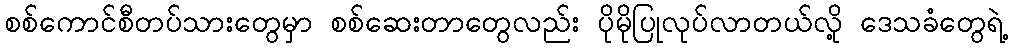
စစ်ကောင်စီတပ်သားတွေမှာ စစ်ဆေးတာတွေလည်း ပိုမိုပြုလုပ်လာတယ်လို့ ဒေသခံတွေရဲ့